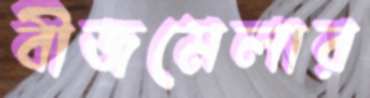
বীজমেলার